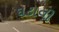
ઘટાવી